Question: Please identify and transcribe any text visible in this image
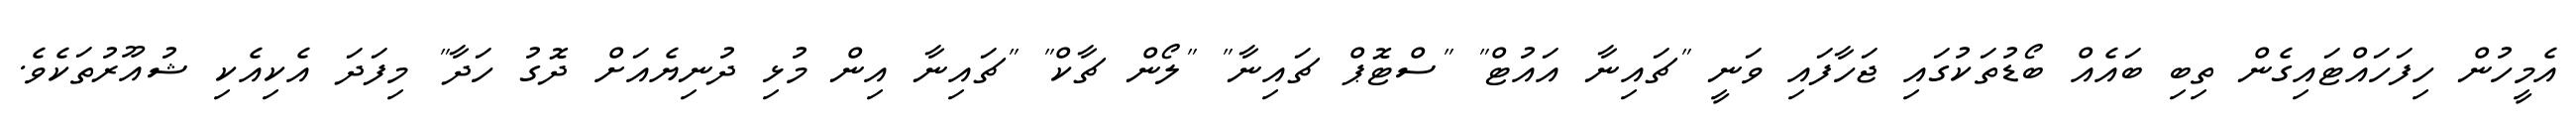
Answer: އެމީހުން ހިފަހައްޓައިގެން ތިބި ބައެއް ބޯޑުތަކުގައި ޖަހާފައި ވަނީ "ޗައިނާ އައުޓް" "ސްޓޮޕް ޗައިނާ" "ލޯން ޗާކް" "ޗައިނާ އިން މުޅި ދުނިޔެއަށް ދޮގު ހަދާ" މިފަދަ އެކިއެކި ޝުއޫރުތަކެވެ.